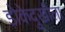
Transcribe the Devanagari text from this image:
डोकेदुखीला